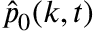
\hat { p } _ { 0 } ( k , t )